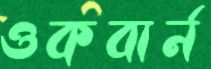
ওকবার্ন